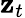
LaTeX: \mathbf{z}_{t}